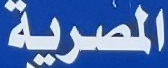
المصرية